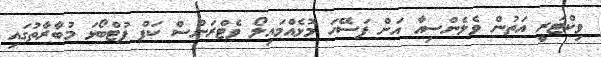
ވިކްޓަރީ އަތުން ވެލެންސިއާ އަށް ފަސޭހަ މޮޅެއްމައިލޯ ވެޓްރަންސް ކަޕް ފުޓްބޯޅަ މުބާރާތުގައި